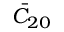
\bar { C } _ { 2 0 }